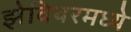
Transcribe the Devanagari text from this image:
झेवियरमध्ये